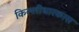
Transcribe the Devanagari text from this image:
किल्लीधारकास